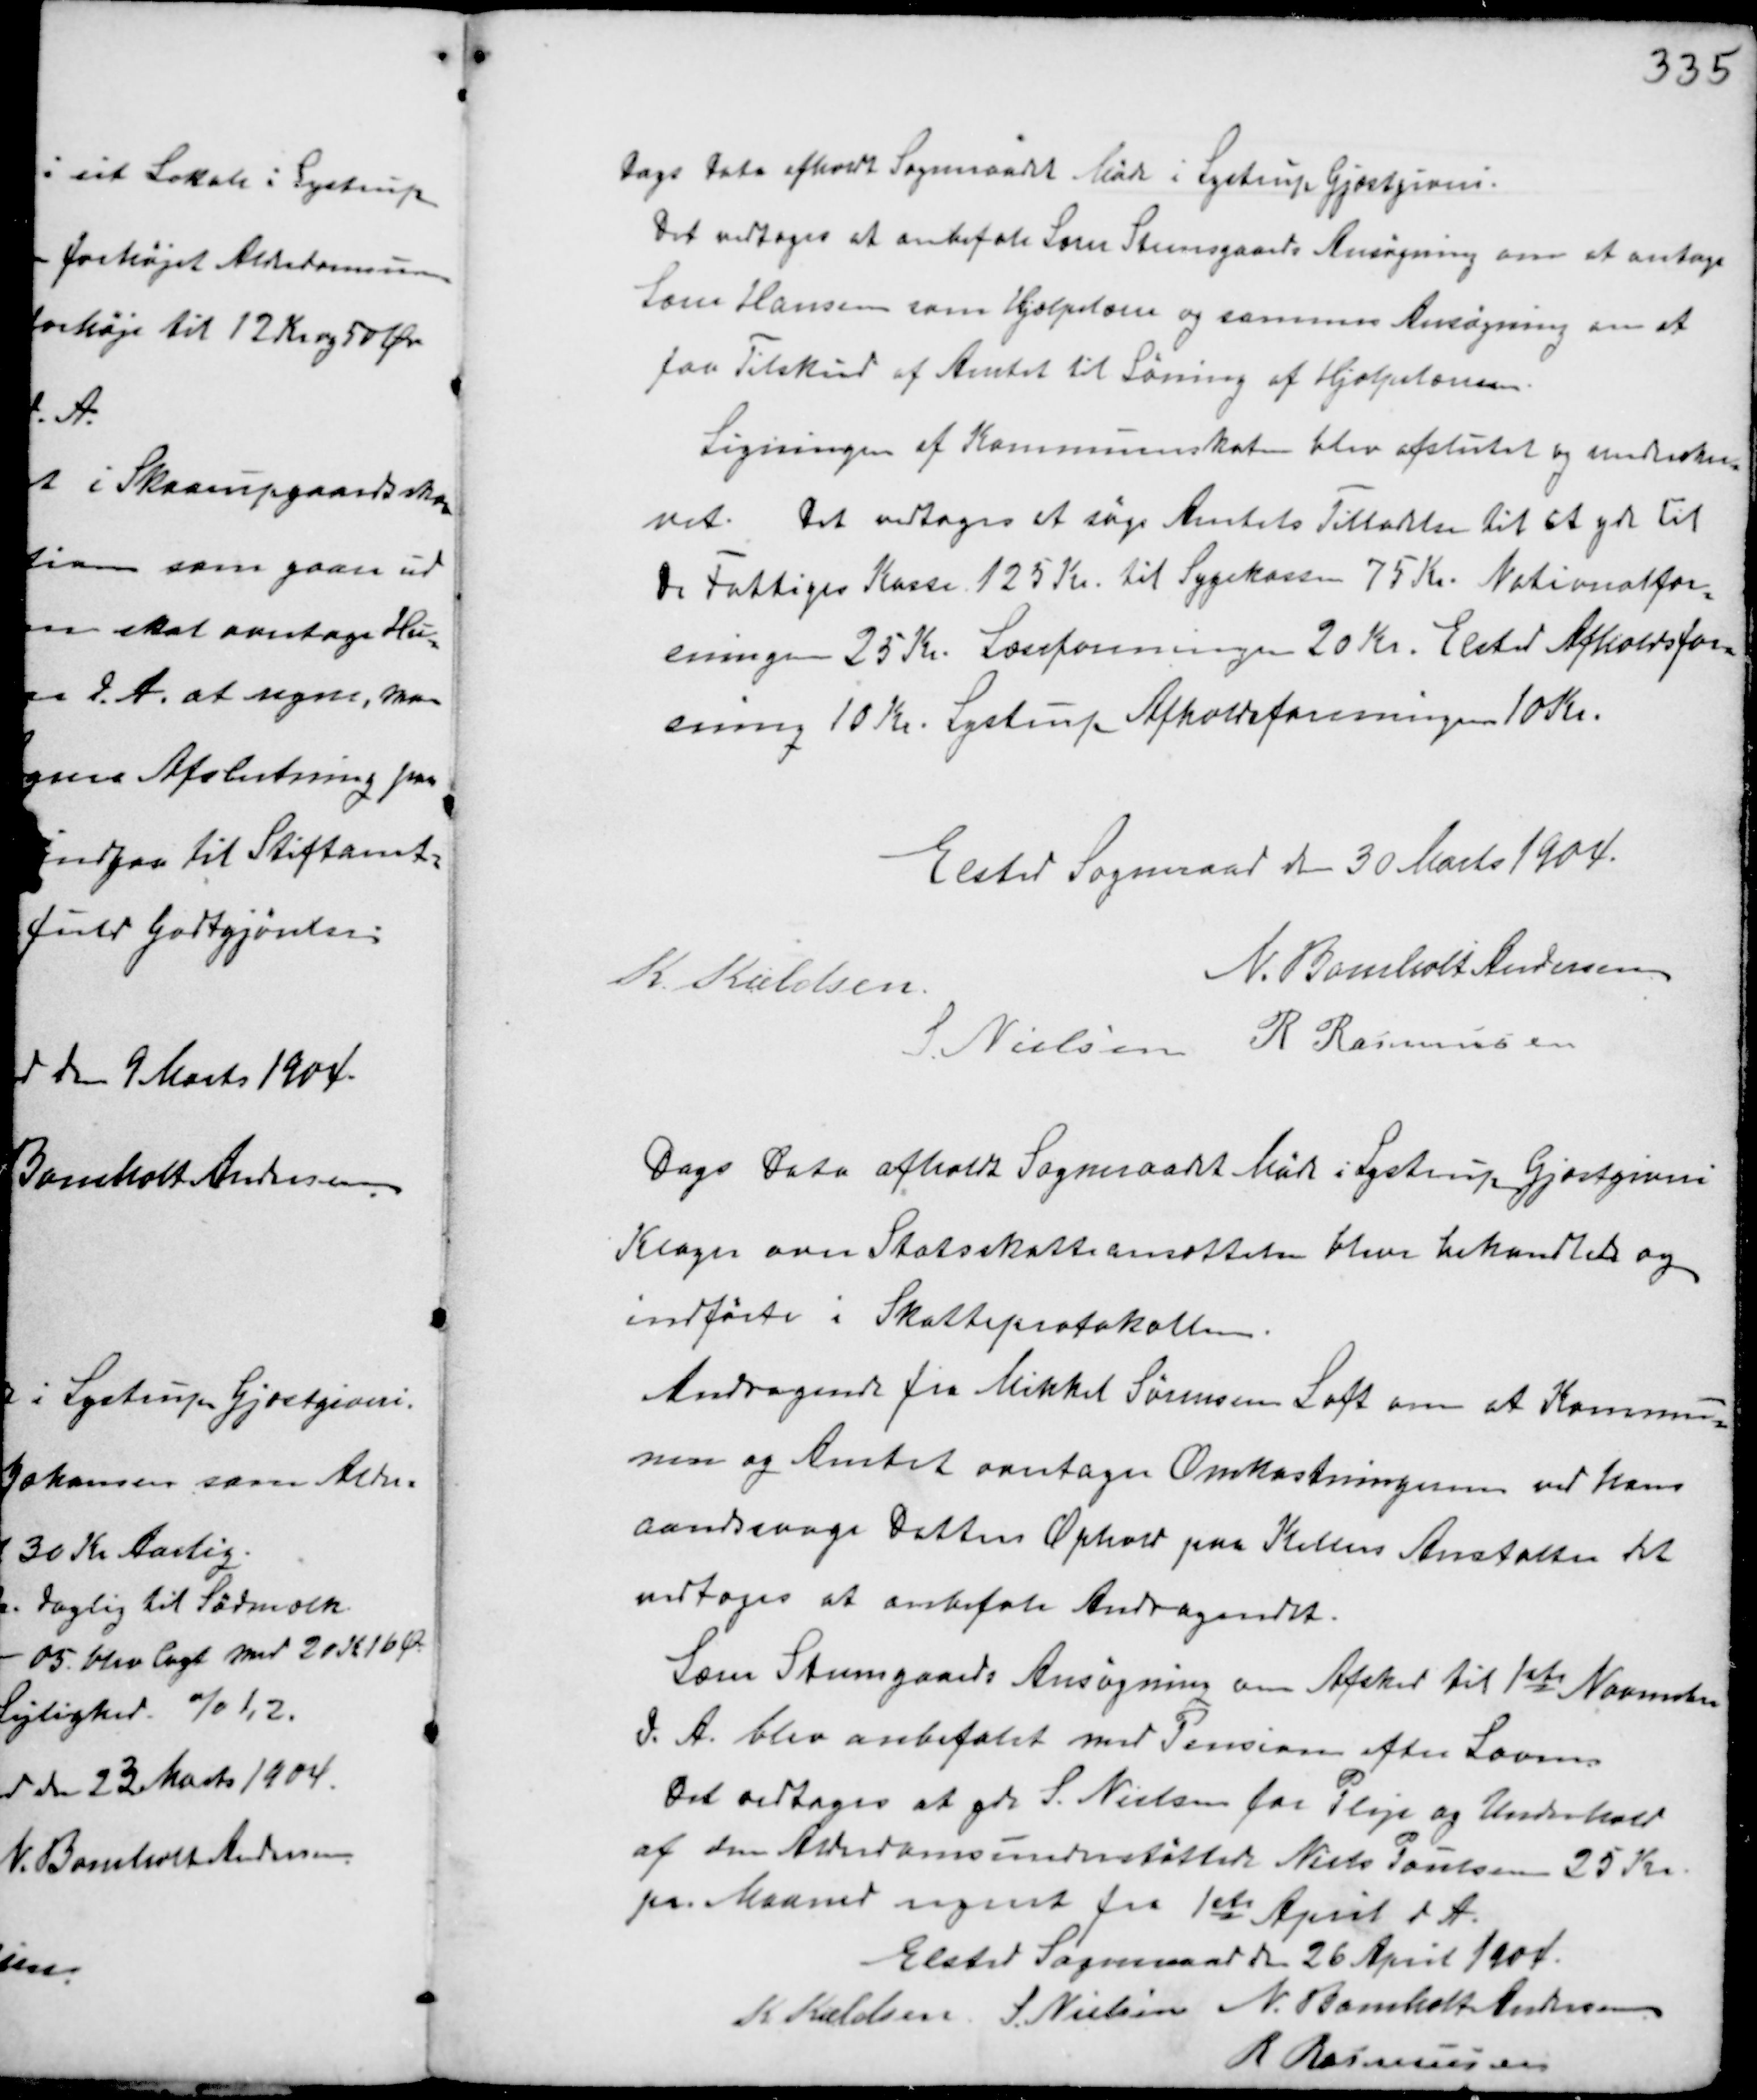
Transskription:
Dags Dato afholdt Sogneraadet Møde i Lystrup Gjæstgiveri.
Det vedtoges at anbefale Lærer Steensgaards Ansøgning om at antage
Lærer Hansen som Hjælpelærer og sammes Ansøgning om at
faa Tilskud af Amtet til Løning af Hjælpelæreren.
Ligningen af Kommuneskaten blev afsluttet og underskre-
vet. Det vedtoges at søge Amtets Tilladelse til at yde til
de Fattiges Kasse 125 Kr til Sygekassen 75 Kr Nationalfor-
eningen 25 Kr. Læseforeningen 20 Kr. Elsted Afholdsfor-
ening 10 Kr. Lystrup Afholdsforening 10 Kr.

Elsted Sogneraad den 30 Marts 1904.
K. Kieldsen
N. Bomholt Andersen
S. Nielsen R Rasmussen

Dags Dato afholdt Sogneraadet Møde i Lystrup Gjæstgiveri
Klager over Skatteansættelsen bleve behandlede og
indførte i Skatteprotokollen.
Andragende fra Mikkel Sørensen Loft om at Kommu-
nen og Amtet overtager Omkostningerne ved hans
aandsvage Datters Ophold paa Kellers Anstalten det
vedtoges at anbefale Andragendet.
Lærer Steengaards Ansøgning om Afsked til 1ste November
d.A. blev anbefalet med Pension efter Loven.
Det vedtoges at yde S. Nielsen for Pleje og Underhold
af den Alderdomsunderstøttede Niels Poulsen 25 Kr.
pr. Maaned regnet fra 1ste April d.A.

Elsted Sogneraad den 26 April 1904.
K Kieldsen S. Nielsen N. Bomholt Andersen
R Rasmussen